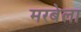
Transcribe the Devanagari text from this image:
मरबेला